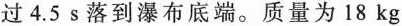
过4.5s落到瀑布底端。质量为18kg